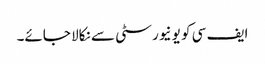
ایف سی کو یونیورسٹی سے نکالا جائے۔